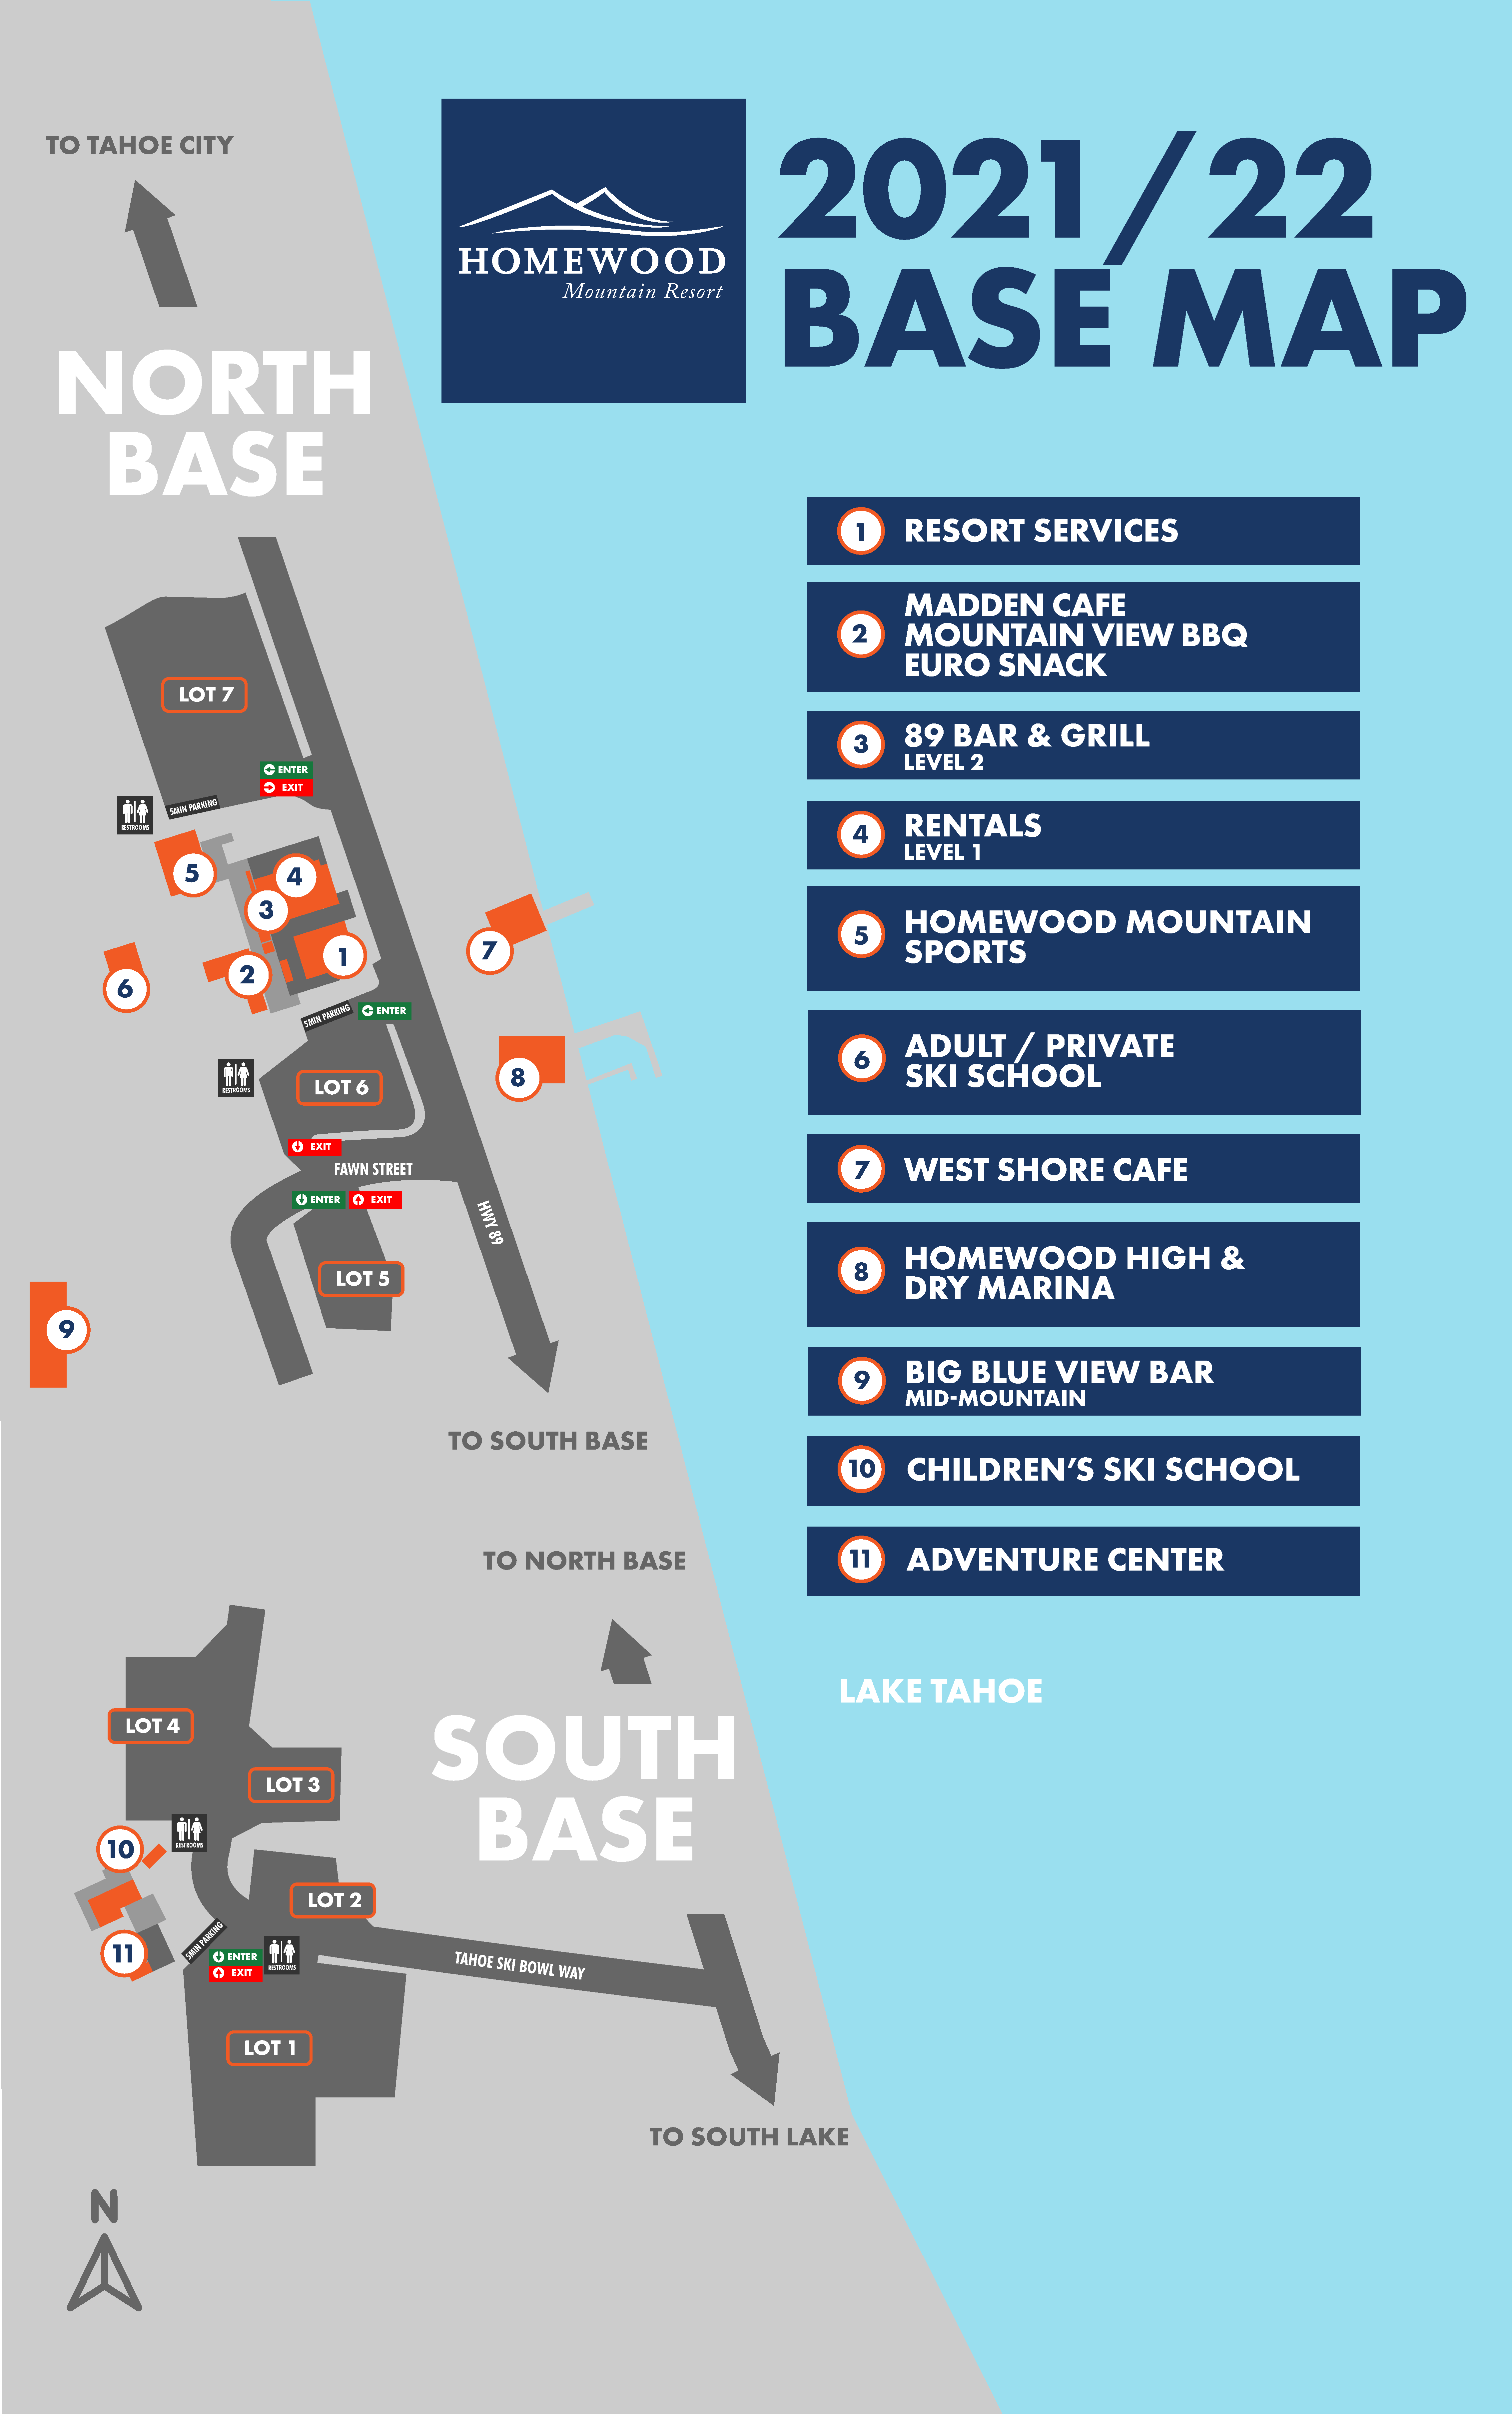
2021/22
 TO      TAHOE              CITY
 BASE                                                                      MAP
 NORTH
 BASE
 RESORT                   SERVICES
 1
 MADDEN                       CAFE
 2          MOUNTAIN                             VIEW              BBQ
 EURO              SNACK
 LOT     7
 89       BAR            &      GRILL
 3
 LEVEL        2
 ENTER
 EXIT
 5MIN
 PARKING
 RENTALS
 RESTROOMS                                                                                                                                        4
 LEVEL        1
 5
 4
 3
 HOMEWOOD                                    MOUNTAIN
 5
 7                                                                                    SPORTS
 1
 2
 6
 M I N
 P A R K I N G ENTER
 5
 ADULT                 /     PRIVATE
 6
 SKI         SCHOOL
 8
 LOT      6
 RESTROOMS
 EXIT
 WEST              SHORE                  CAFE
 7
 FAWN    STREET
 ENTER       EXIT
 H
 W
 Y
 8
 9
 HOMEWOOD                                    HIGH              &
 8
 LOT     5
 DRY           MARINA
 9
 BIG          BLUE             VIEW              BAR
 9
 MIDMOUNTAIN
 TO      SOUTH              BASE
 CHILDREN’S                             SKI         SCHOOL
 10
 ADVENTURE                               CENTER
 TO      NORTH               BASE                                        11
 LAKE              TAHOE
 SOUTH
 LOT     4
 LOT     3
 BASE
 10
 RESTROOMS
 LOT     2
 G
 N
 KI
 R
 A
 P
 11               N
 MI
 5       E EN XT IE TR
 RESTROOMS
 TAHOE
 SKI
 BOWL
 WAY
 LOT      1
 TO      SOUTH              LAKE